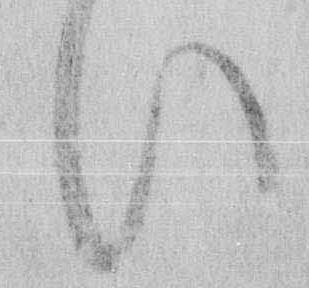
い